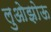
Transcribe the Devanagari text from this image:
लुओझोऊ